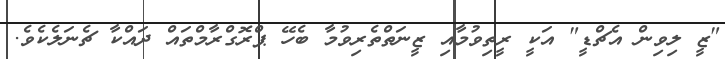
"ޒީ ލިވިން އެޗްޑީ" އަކީ ރީތިވުމާއި ޒީނަތްތެރިވުމާ ބެހޭ ޕްރޮގްރާމްތައް ދައްކާ ޗެނަލެކެވެ.